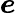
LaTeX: \boldsymbol{e}